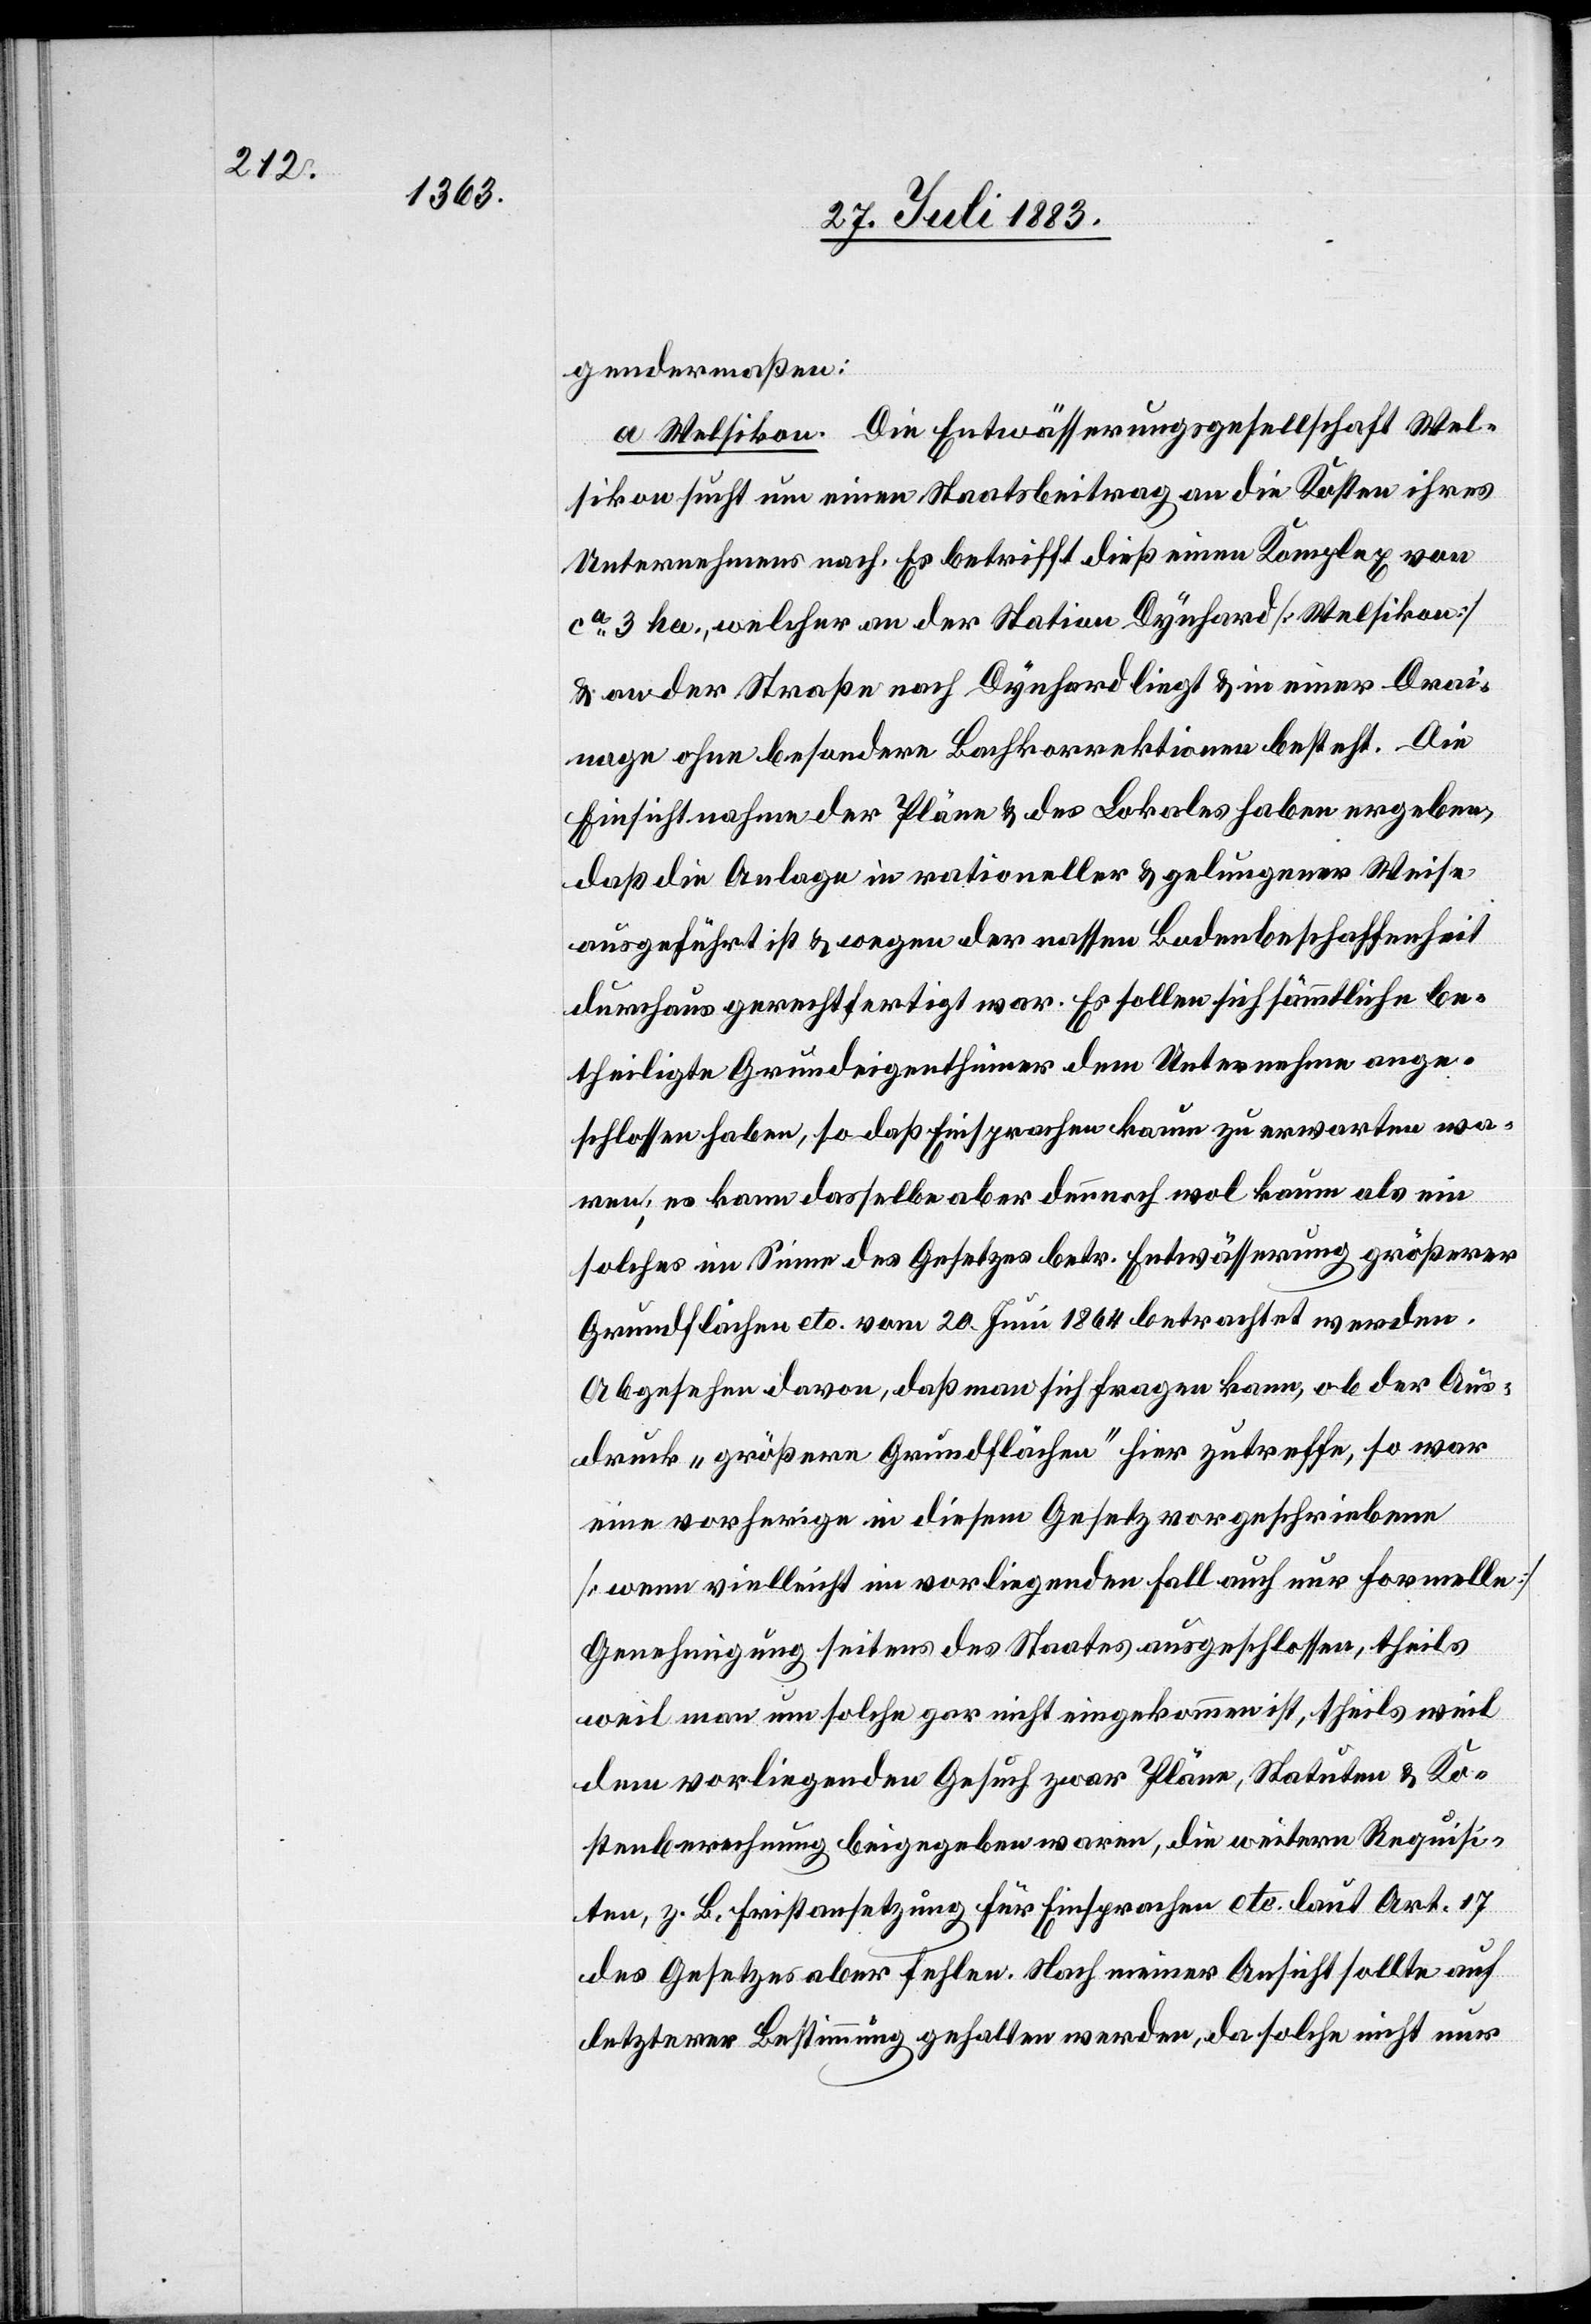
gendermaßen:
a. Welsikon. Die Entwässerungsgesellschaft Wel¬
sikon ersucht um einen Staatsbeitrag an die Kosten ihres
Unternehmens nach. Es betrifft dieß einen Komplex von
ca 3 ha., welcher an der Station Dynhard [Welsikon]
& an der Straße nach Dynhard liegt & in einer Drai¬
nage ohne besondere Bachkorrektion besteht. Die
Einsichtnahme der Pläne & des Lokals haben [sic!] ergeben,
daß die Anlage in rationeller & gelungener Weise
ausgeführt ist & wegen der nassen Bodenbeschaffenheit
durchaus gerechtfertigt war. Es sollen sich sämmtliche be¬
theiligte Grundeigenthümer dem Unternehmen ange¬
schlossen haben, so daß Einsprachen kaum zu erwarten wa¬
ren; es kann dasselbe aber dennoch wol kaum als ein
solches im Sinne des Gesetzes betr. Entwässerung größerer
Grundflächen etc. vom 20. Juni 1864 betrachtet werden.
Abgesehen davon, daß man sich fragen kann, ob der Aus¬
druck „größere Grundflächen“ hier zutreffe, so war
eine vorherige in diesem Gesetz vorgeschriebene
[wenn vielleicht im vorliegenden Fall auch nur formelle]
Genehmigung seitens des Staates ausgeschlossen, theils
weil man um solche gar nicht eingekommen ist, theils weil
dem vorliegenden Gesuch zwar Pläne, Statuten & Ko¬
stenrechnung beigegeben waren, die weitern Requisi¬
ten, z. b. Fristansetzung für Einsprachen etc. laut Art. 17
des Gesetzes aber fehlen. Nach meiner Ansicht sollte auf
letzterer Bestimmung gehalten werden, da solche nicht nur